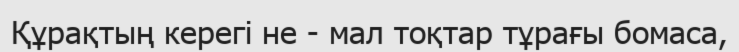
Құрақтың керегі не - мал тоқтар тұрағы бомаса,